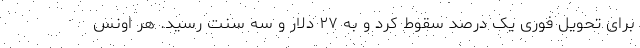
برای تحویل فوری یک درصد سقوط کرد و به ۲۷ دلار و سه سنت رسید. هر اونس